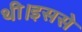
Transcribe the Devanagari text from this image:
थी।इससे